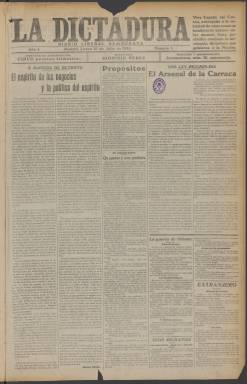
Título: La Dictadura (Madrid. 1913)
Colección: Periódicos
Ámbito geográfico: Madrid
Lugar de publicación: Madrid
Fechas: 21/07/1913-25/10/1913